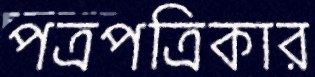
পত্রপত্রিকার